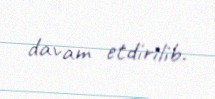
davam etdirilib.